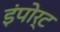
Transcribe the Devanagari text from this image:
इंपोर्ट